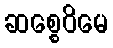
ဆစ္စေဝိမေ